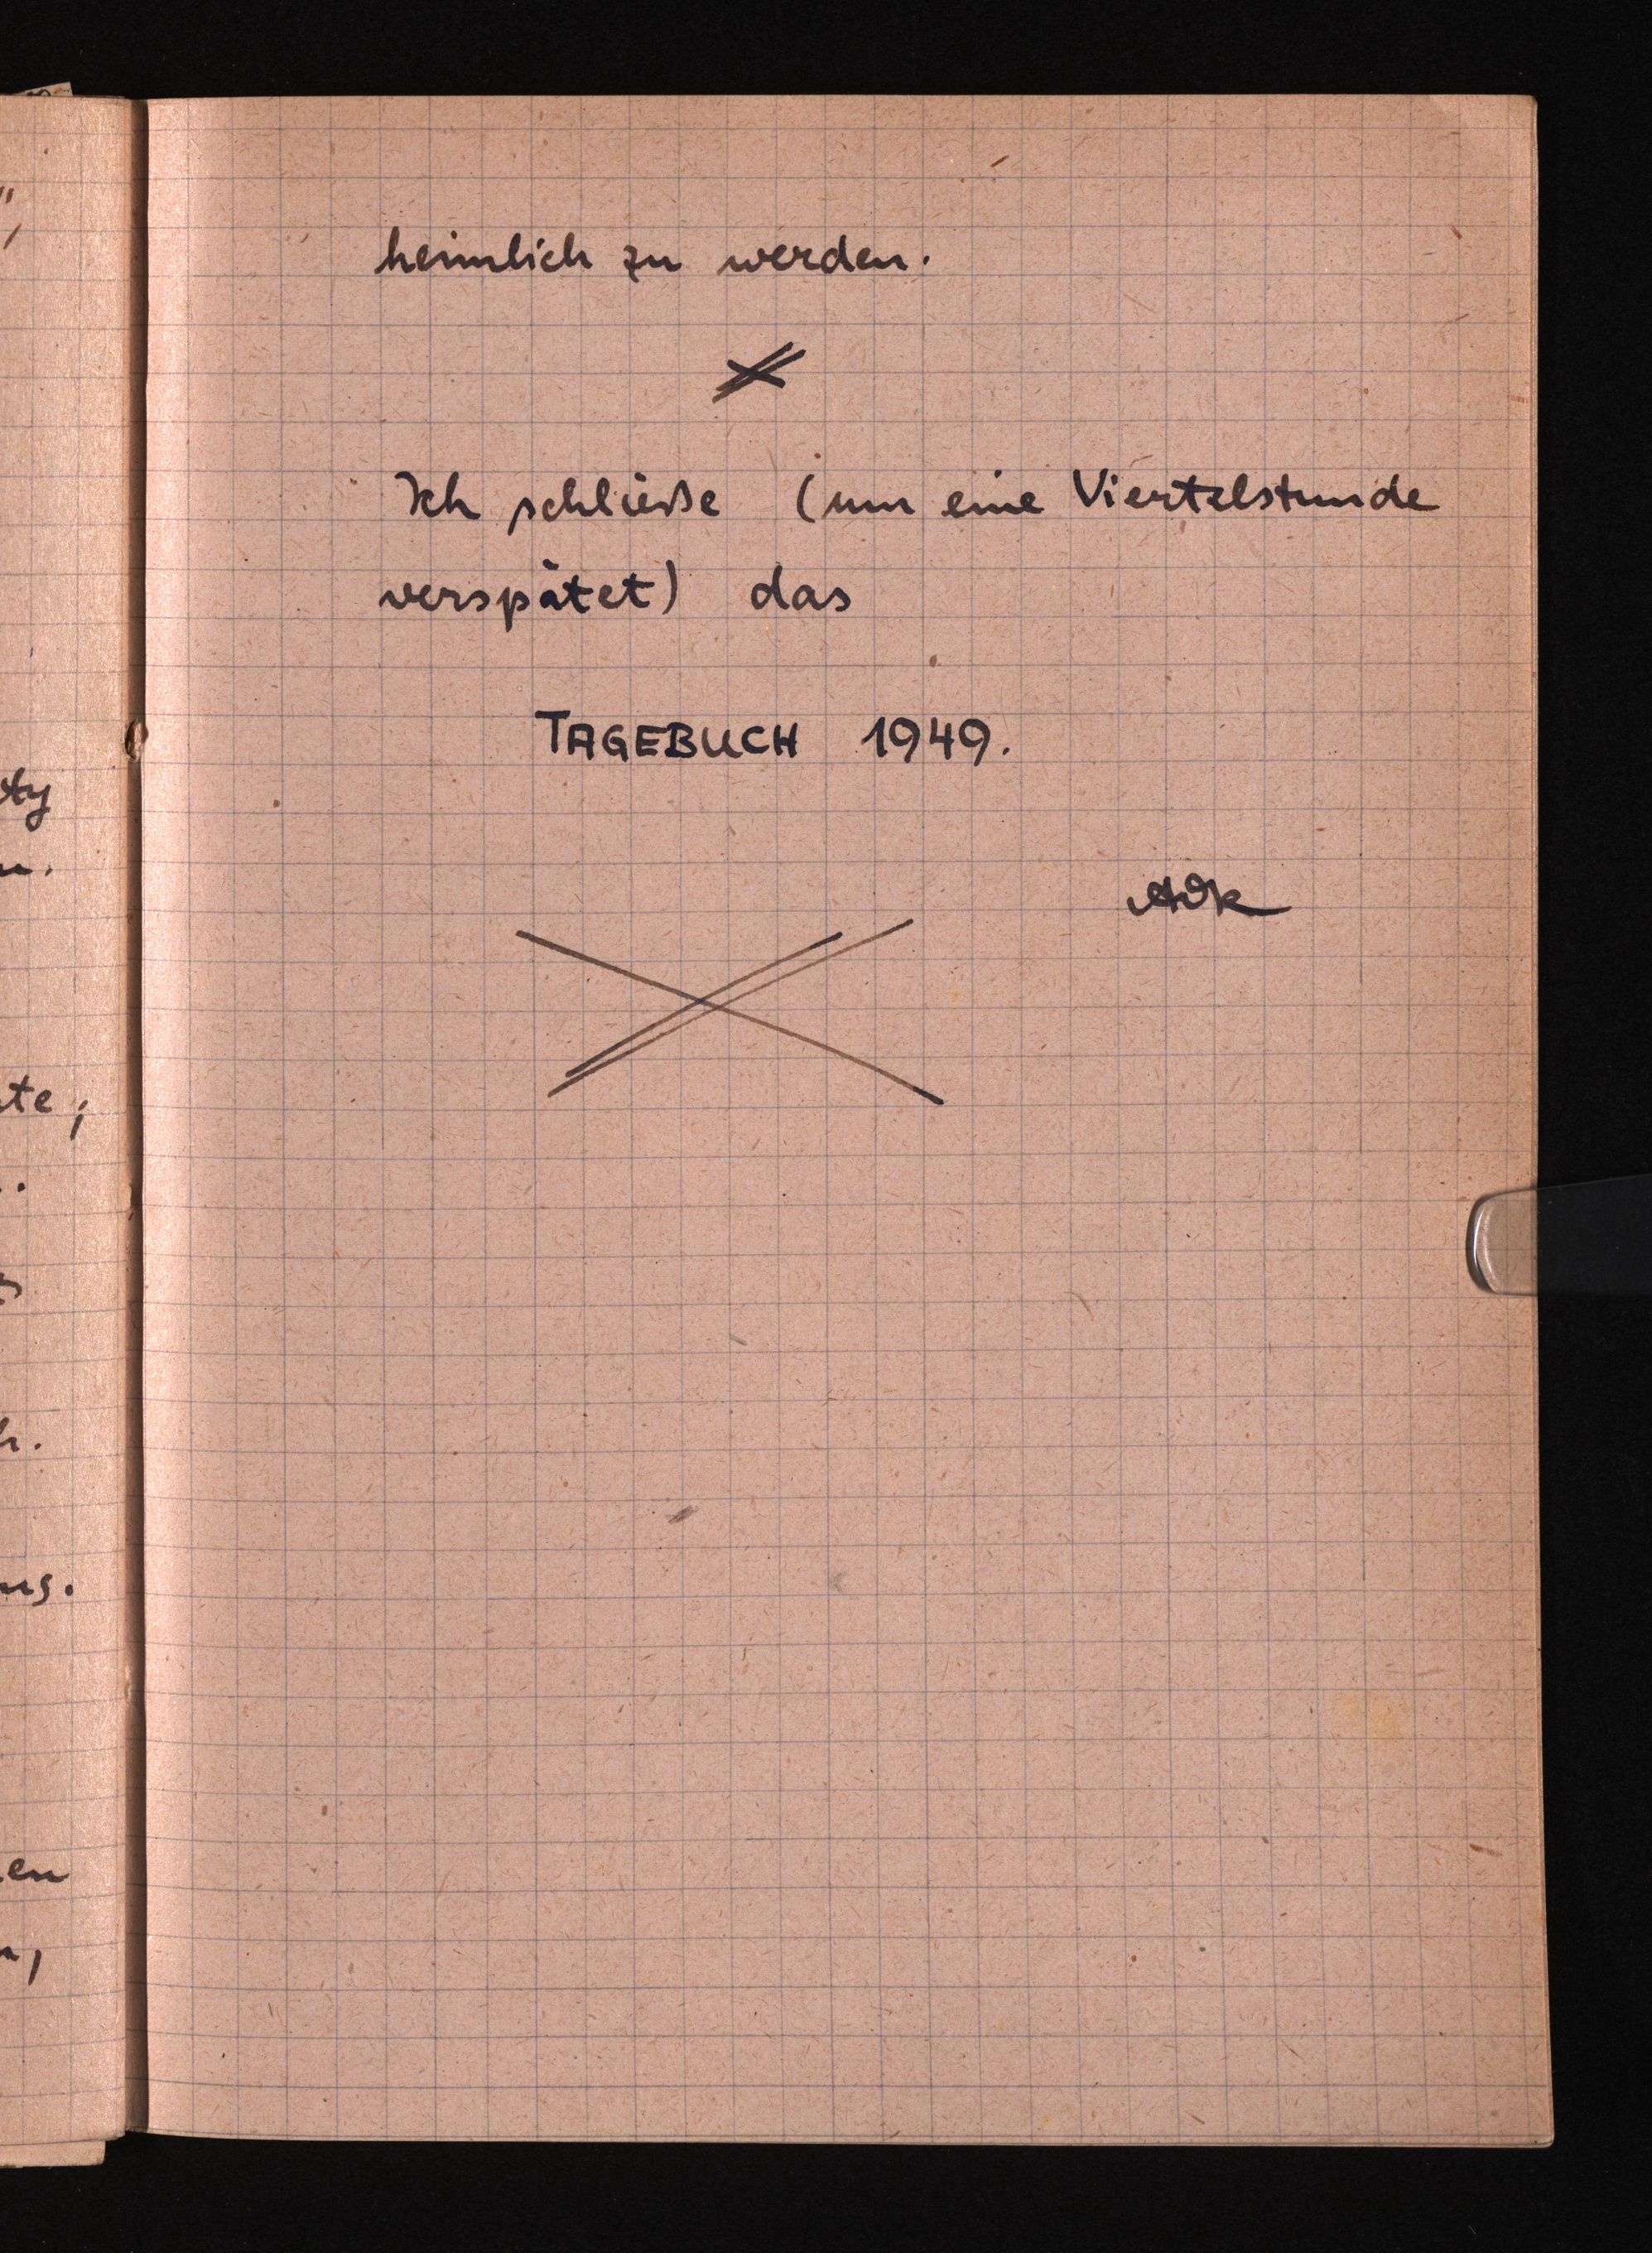
heimlich zu werden.
Ich schließe (um eine Viertelstunde
verspätet) das
TAGEBUCH 1949.
AOk